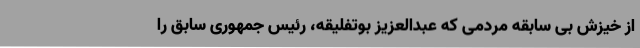
از خیزش بی سابقه مردمی که عبدالعزیز بوتفلیقه، رئیس جمهوری سابق را